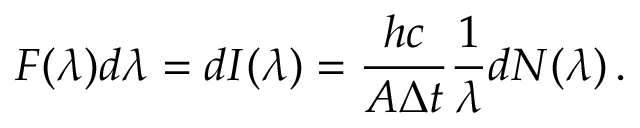
F ( \lambda ) d \lambda = d { \cal I } ( \lambda ) = \frac { h c } { A \Delta t } \frac { 1 } { \lambda } d N ( \lambda ) \, .